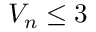
V _ { n } \leq 3